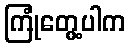
ကြုံတွေ့ပါက